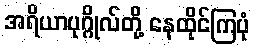
အရိယာပုဂ္ဂိုလ်တို့ နေထိုင်ကြပုံ